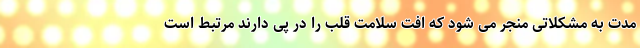
مدت به مشکلاتی منجر می شود که افت سلامت قلب را در پی دارند مرتبط است